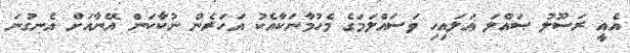
އެއީ ރަސޫލު ޞައްލަ ޢަލައިހި ވަސައްލަމަގެ މެހުމާނަކާއެކު އަހަރެން ނުކާކަން އޭނާއަށް އެނގުނަ